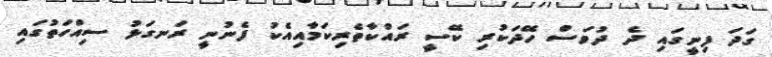
ގަދަ ފިނީގައި ދެ ދުވަސް ހޭދަކުރި ކޭސީ ރައްކާތެރިކަމާއިއެކު ފެނުނީ ރަނގަޅު ސިއްހަތުގައި